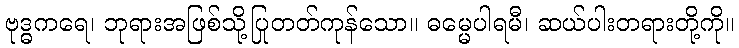
ဗုဒ္ဓကရေ၊ ဘုရားအဖြစ်သို့ပြုတတ်ကုန်သော။ ဓမ္မေပါရမီ၊ ဆယ်ပါးတရားတို့ကို။